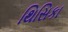
થિસિકા